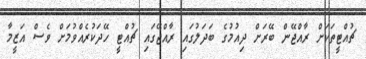
ޗުއްޓީތަކަށް ރާއްޖޭން ބޭރަށް ދިއުމުގެ ބަދަލުގައި ރާއްޖޭގައި ޗުއްޓީ ހޭދަކުރެއްވުމަށް ވެސް އަޒީމާ